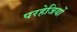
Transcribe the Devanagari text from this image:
परहेजियों